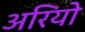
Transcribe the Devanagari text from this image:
अरियो